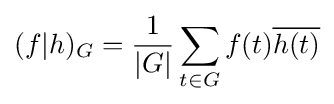
(f|h)_{G}={\frac {1}{|G|}}\sum _{t\in G}f(t){\overline {h(t)}}